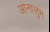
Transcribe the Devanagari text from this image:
आनालुम